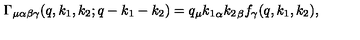
\Gamma _ { \mu \alpha \beta \gamma } ( q , k _ { 1 } , k _ { 2 } ; q - k _ { 1 } - k _ { 2 } ) = q _ { \mu } { k _ { 1 } } _ { \alpha } { k _ { 2 } } _ { \beta } f _ { \gamma } ( q , k _ { 1 } , k _ { 2 } ) ,